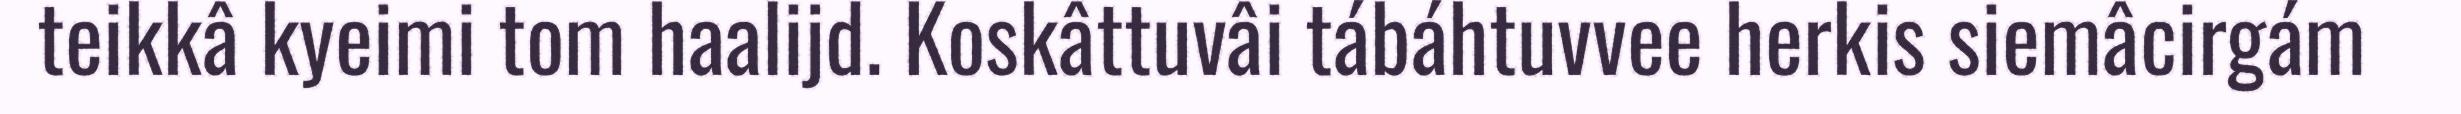
teikkâ kyeimi tom haalijd. Koskâttuvâi tábáhtuvvee herkis siemâcirgám